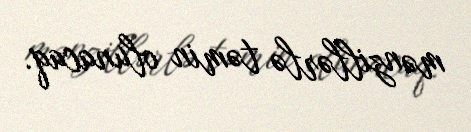
mənzillərlə təmin olunacaq.